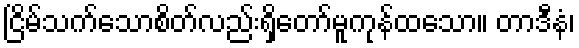
ငြိမ်သက်သောစိတ်လည်းရှိတော်မူကုန်ထသော။ တာဒီနံ၊